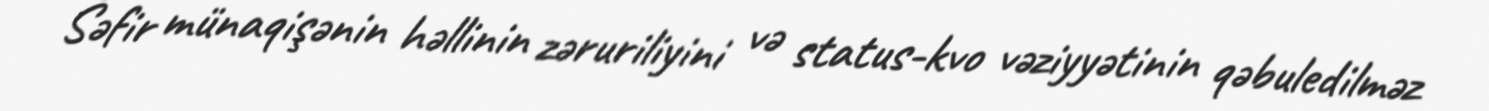
Səfir münaqişənin həllinin zəruriliyini və status-kvo vəziyyətinin qəbuledilməz